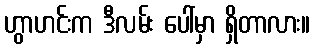
ဟွာဟင်းက ဒီလမ်း ပေါ်မှာ ရှိတာလား။